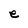
Character: e